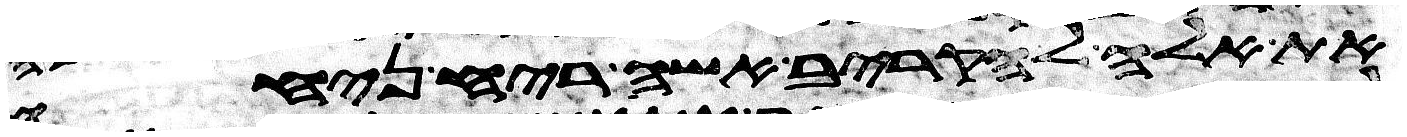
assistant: את אלה להקריב אשה ריח ניחח